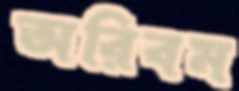
অরিবম